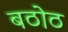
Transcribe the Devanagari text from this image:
बठोठ